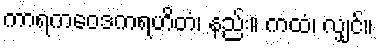
ကာရကဝေဒကရဟိတံ၊ နည်း။ ကထံ၊ လျှင်။